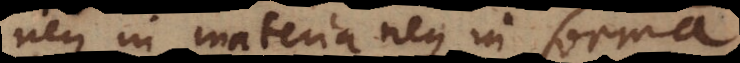
neque in materia neque in forma